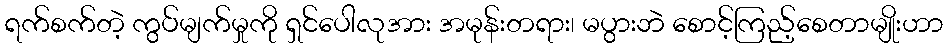
ရက်စက်တဲ့ ကွပ်မျက်မှုကို ရှင်ပေါလုအား အမုန်းတရား၊ မပွားဘဲ စောင့်ကြည့်စေတာမျိုးဟာ